Indian journal of veterinary science and animal husbandry - Volume 2,
Year: 1932
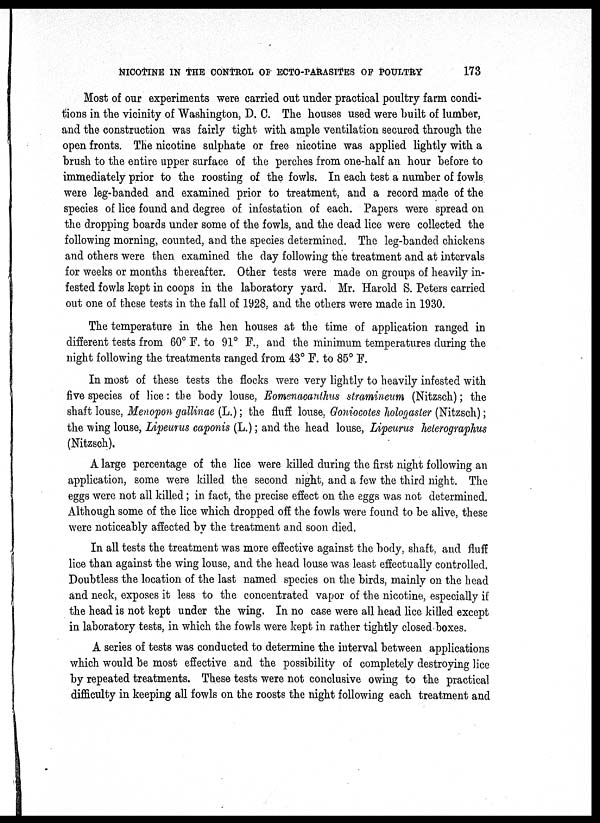
NICOTINE IN THE CONTROL OF ECTO-PARASITES OF POULTRY
173
Most of our experiments were carried out under practical poultry farm condi-
tions in the vicinity of Washington, D. C. The houses used were built of lumber,
and the construction was fairly tight with ample ventilation secured through the
open fronts. The nicotine sulphate or free nicotine was applied lightly with a
brush to the entire upper surface of the perches from one-half an hour before to
immediately prior to the roosting of the fowls. In each test a number of fowls
were leg-banded and examined prior to treatment, and a record made of the
species of lice found and degree of infestation of each. Papers were spread on
the dropping boards under some of the fowls, and the dead lice were collected the
following morning, counted, and the species determined. The leg-banded chickens
and others were then examined the day following the treatment and at intervals
for weeks or months thereafter. Other tests were made on groups of heavily in-
fested fowls kept in coops in the laboratory yard. Mr. Harold S. Peters carried
out one of these tests in the fall of 1928, and the others were made in 1930.
The temperature in the hen houses at the time of application ranged in
different tests from 60° F. to 91° F., and the minimum temperatures during the
night following the treatments ranged from 43° F. to 85° F.
In most of these tests the flocks were very lightly to heavily infested with
five species of lice: the body louse, Eomenacanthus stramineum (Nitzsch); the
shaft louse, Menopon gallinae (L.) ; the fluff louse, Goniocotes hologaster (Nitzsch);
the wing louse, Lipeurus caponis (L.) ; and the head louse, Lipeurus helerographus
(Nitzsch).
A large percentage of the lice were killed during the first night following an
application, some were killed the second night, and a few the third night. The
eggs were not all killed; in fact, the precise effect on the eggs was not determined.
Although some of the lice which dropped off the fowls were found to be alive, these
were noticeably affected by the treatment and soon died.
In all tests the treatment was more effective against the body, shaft, and fluff
lice than against the wing louse, and the head louse was least effectually controlled.
Doubtless the location of the last named species on the birds, mainly on the head
and neck, exposes it less to the concentrated vapor of the nicotine, especially if
the head is not kept under the wing. In no case were all head lice killed except
in laboratory tests, in which the fowls were kept in rather tightly closed boxes.
A series of tests was conducted to determine the interval between applications
which would be most effective and the possibility of completely destroying lice
by repeated treatments. These tests were not conclusive owing to the practical
difficulty in keeping all fowls on the roosts the night following each treatment and